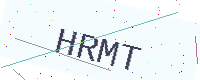
Text: HRMT